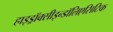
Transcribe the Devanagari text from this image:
हाइड्रॉक्सीइन्डॉलिएसिटिक